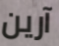
آرين